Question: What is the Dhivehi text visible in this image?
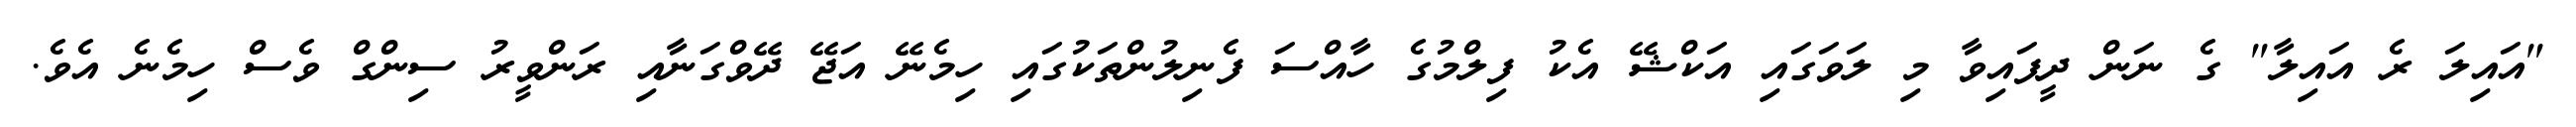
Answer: "އައިލަ ރެ އައިލާ" ގެ ނަން ދީފައިވާ މި ލަވަގައި އަކްޝޭ އެކު ފިލްމުގެ ހާއްސަ ފެނިލުންތަކުގައި ހިމެނޭ އަޖޭ ދޭވްގަނާއި ރަންވީރު ސިންގް ވެސް ހިމެނެ އެވެ.